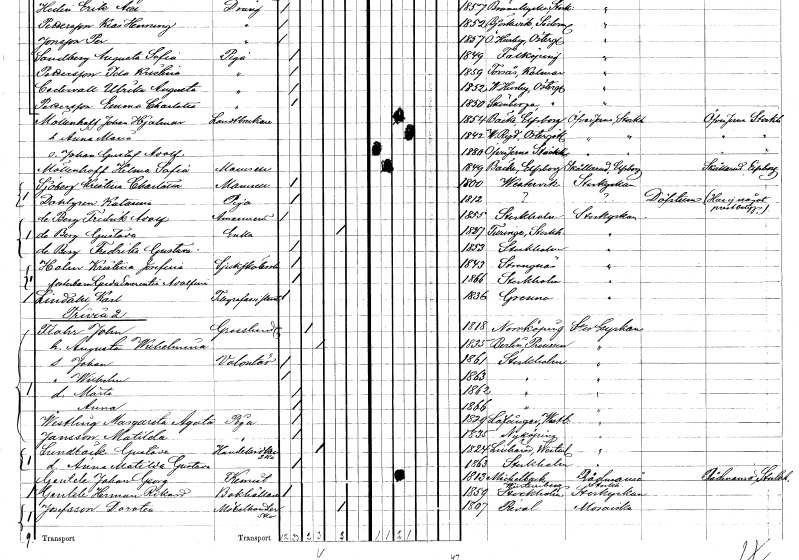
gt_parse: households: individuals: FN: Johan Hjalmar
EN: Möllenhoff
YRKE: Lantbrukare
KON: M
CIV: G
FODAR: 1854
FODFORS: Bäcke Älvsborgs län
FN: Anna Maria
KON: K
CIV: G
FODAR: 1842
FODFORS: Västra Ryd Östergötlands län
FN: Johan Gustaf Adolf
KON: M
CIV: O
FODAR: 1880
FODFORS: Överjärna Stockholms län
FN: Hilma Sofia
EN: Möllenhoff
KON: K
CIV: O
FODAR: 1849
FODFORS: Bäcke Älvsborgs län
FN: Kristina Charlotta
EN: Sjöberg
KON: K
CIV: O
FODAR: 1800
FODFORS: Västervik Kalmar län
FN: Katarina
EN: Dahlgren
YRKE: Piga
KON: K
CIV: O
FODAR: 1812
FN: Fredrik Adolf
EN: de Berg
YRKE: Amanuens
KON: M
CIV: O
FODAR: 1855
FODFORS: Stockholm
FN: Gustava
EN: de Berg
YRKE: Änka
KON: K
CIV: E
FODAR: 1807
FODFORS: Turinge Stockholms län
FN: Fredrika Gustava
EN: de Berg
KON: K
CIV: O
FODAR: 1853
FODFORS: Stockholm
FN: Kristina Josefina
EN: Holm
YRKE: Sjuksköterska
KON: K
CIV: O
FODAR: 1843
FODFORS: Strängnäs Södermanlands län
FN: Gerda Emerentia Adolfina
KON: K
CIV: O
FODAR: 1866
FODFORS: Stockholm
FN: Karl
EN: Lindahl
YRKE: Telegrafassistent
KON: M
CIV: O
FODAR: 1836
FODFORS: Gränna Jönköpings län
FN: John
EN: Flahr
YRKE: Grosshandlare
KON: M
CIV: G
FODAR: 1818
FODFORS: Norrköping Östergötlands län
FN: Augusta Wilhelmina
KON: K
CIV: G
FODAR: 1835
FN: Johan
YRKE: Volontär
KON: M
CIV: O
FODAR: 1861
FODFORS: Stockholm
FN: Wilhelm
KON: M
CIV: O
FODAR: 1863
FODFORS: Stockholm
FN: Märta
KON: K
CIV: O
FODAR: 1862
FODFORS: Stockholm
FN: Anna
KON: K
CIV: O
FODAR: 1866
FODFORS: Stockholm
FN: Margareta Augusta
EN: Westling
YRKE: Piga
KON: K
CIV: O
FODAR: 1829
FODFORS: Lövånger Västerbottens län
FN: Matilda
EN: Jansson
YRKE: Piga
KON: K
CIV: O
FODAR: 1835
FODFORS: Nyköping Södermanlands län
FN: Gustava
EN: Lundbäck
YRKE: Handelsidkerska
KON: K
CIV: G
FODAR: 1824
FODFORS: Lillhärad Västmanlands län
FN: Anna Matilda Gustava
KON: K
CIV: O
FODAR: 1863
FODFORS: Stockholm
FN: Johan Georg
EN: Gentele
YRKE: Kemist
KON: M
CIV: G
FODAR: 1813
FN: Herman Rikard
EN: Gentele
YRKE: Bokhållare
KON: M
CIV: O
FODAR: 1859
FODFORS: Stockholm
FN: Dorotea
EN: Josefsson
YRKE: Möbelhandlerska
KON: K
CIV: E
FODAR: 1807
FODFORS: Riala Stockholms län